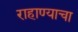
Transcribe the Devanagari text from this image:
राहाण्याचा